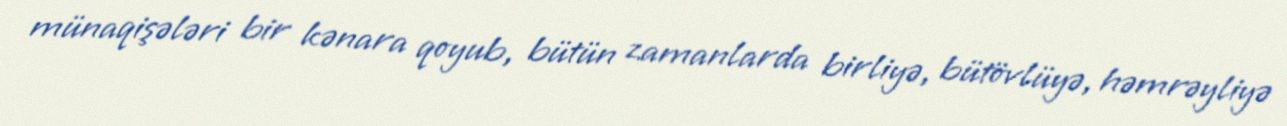
münaqişələri bir kənara qoyub, bütün zamanlarda birliyə, bütövlüyə, həmrəyliyə